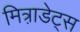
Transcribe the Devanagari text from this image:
मित्रा़डेट्स